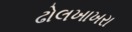
ઢોલખાખરા